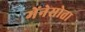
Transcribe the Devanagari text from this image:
मेंनेसोता